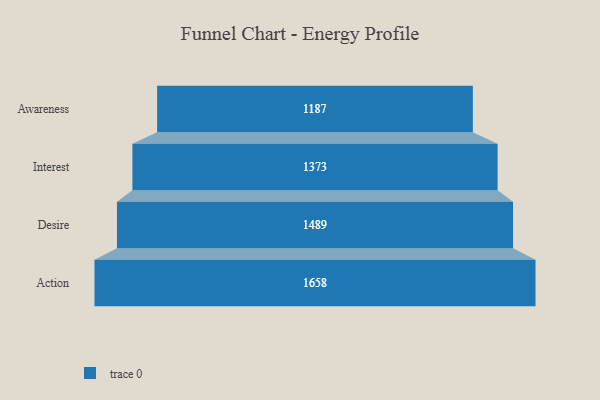
{"axis": {"x": "Stage", "y": "Value"}, "legend": [""], "data": [{"x": "Awareness", "y": 1187.0, "type": ""}, {"x": "Interest", "y": 1373.0, "type": ""}, {"x": "Desire", "y": 1489.0, "type": ""}, {"x": "Action", "y": 1658.0, "type": ""}]}